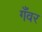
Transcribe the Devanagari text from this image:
गँवर